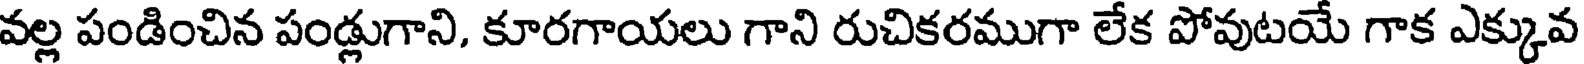
వల్ల పండించిన పండ్లుగాని, కూరగాయలు గాని రుచికరముగా లేక పోవుటయే గాక ఎక్కువ